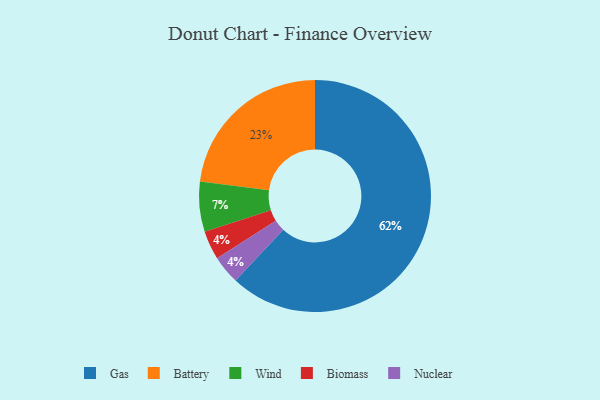
{"axis": {"x": "Category", "y": "Percentage"}, "legend": ["Battery", "Biomass", "Gas", "Nuclear", "Wind"], "data": [{"x": "Biomass", "y": 4, "type": "Biomass"}, {"x": "Nuclear", "y": 4, "type": "Nuclear"}, {"x": "Gas", "y": 62, "type": "Gas"}, {"x": "Battery", "y": 23, "type": "Battery"}, {"x": "Wind", "y": 7, "type": "Wind"}]}